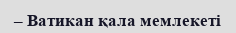
– Ватикан қала мемлекеті